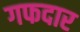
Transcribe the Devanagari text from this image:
गफदार